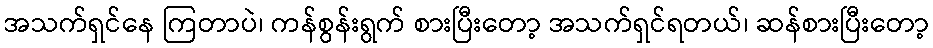
အသက်ရှင်နေ ကြတာပဲ၊ ကန်စွန်းရွက် စားပြီးတော့ အသက်ရှင်ရတယ်၊ ဆန်စားပြီးတော့